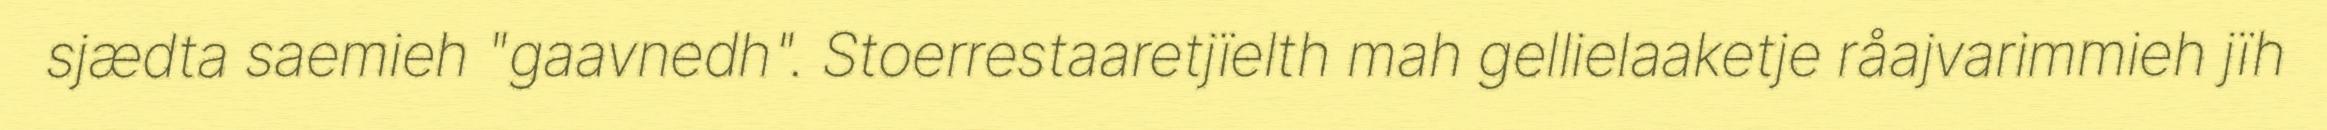
sjædta saemieh "gaavnedh". Stoerrestaaretjïelth mah gellielaaketje råajvarimmieh jïh